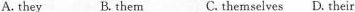
A. they B. thern C. themselves D. Their